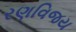
રણવિજય